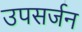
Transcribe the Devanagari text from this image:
उपसर्जन